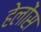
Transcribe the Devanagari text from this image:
हेलोंस